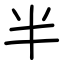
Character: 半